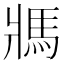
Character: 𩡽